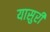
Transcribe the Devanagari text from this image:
यासुरी